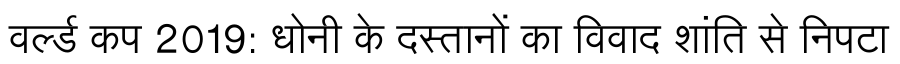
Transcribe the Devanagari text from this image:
वर्ल्ड कप 2019: धोनी के दस्तानों का विवाद शांति से निपटा